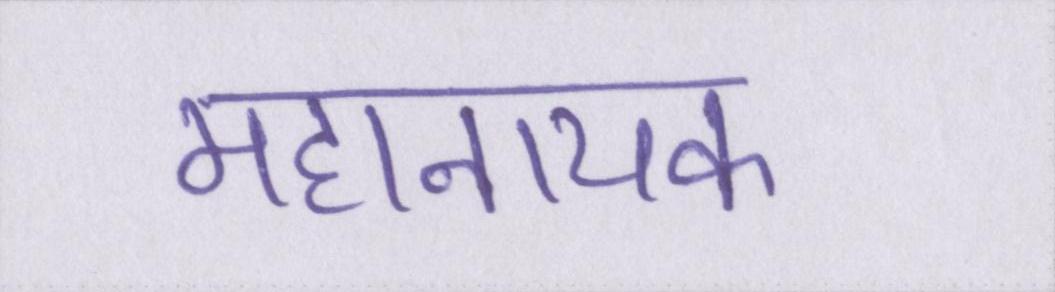
महानायक